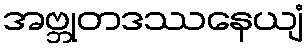
အဗ္ဘုတဒဿနေယျံ